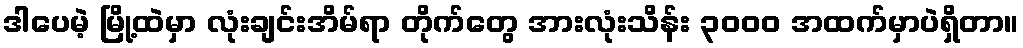
ဒါပေမဲ့ မြို့ထဲမှာ လုံးချင်းအိမ်ရာ တိုက်တွေ အားလုံးသိန်း ၃၀၀၀ အထက်မှာပဲရှိတာ။